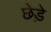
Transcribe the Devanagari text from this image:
छेडे़